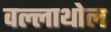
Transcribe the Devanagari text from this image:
वल्लाथोल